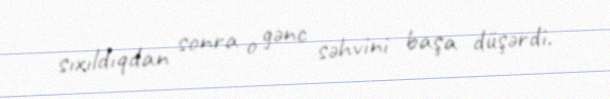
sıxıldıqdan sonra o gənc səhvini başa düşərdi.